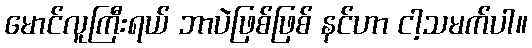
မောင်လူကြီးရယ် ဘာပဲဖြစ်ဖြစ် နင်ဟာ ငါ့သမက်ပါ။